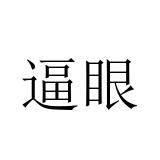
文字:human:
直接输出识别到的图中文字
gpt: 逼眼